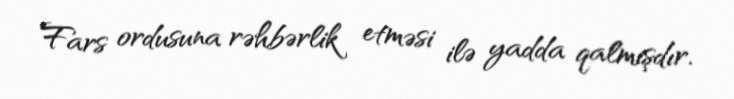
Fars ordusuna rəhbərlik etməsi ilə yadda qalmışdır.